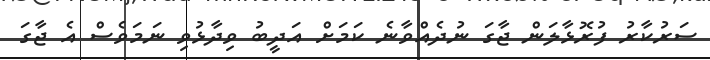
ސަރުކާރު ފުރޮޅާލަން ޖާގަ ނުދެއްވާނެ ކަމަށް އަދީބު ވިދާޅުވި ނަމަވެސް އެ ޖާގަ